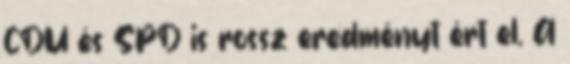
CDU és SPD is rossz eredményt ért el. A